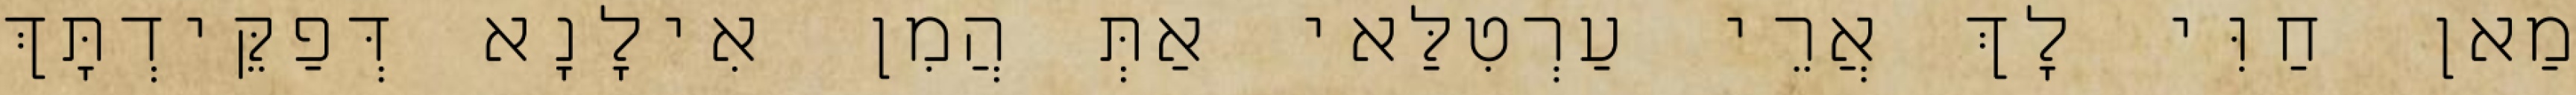
מַאן חַוִּי לָךְ אֲרֵי עַרְטִלַּאי אַתְּ הֲמִן אִילָנָא דְּפַקֵּידְתָּךְ